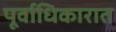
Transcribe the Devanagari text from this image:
पूर्वाधिकारात